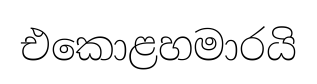
එකොළහමාරයි